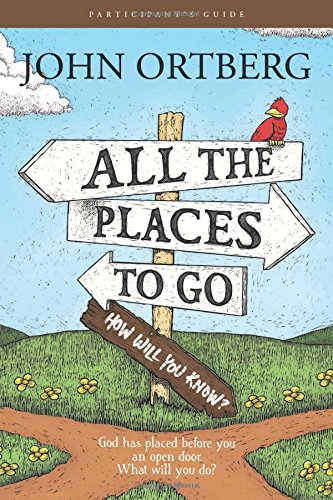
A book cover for All the Places to Go . . . How Will You Know? Participant's Guide: God Has Placed before You an Open Door. What Will You Do?; John Ortberg; Christian Books & Bibles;